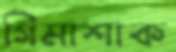
গিমাশাক